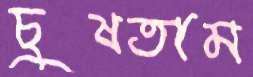
চুষতাম